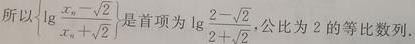
所以\(\left\{\lg\frac{x_{n}-\sqrt{2}}{x_{n}+\sqrt{2}}\right\}\)是首项为\(\lg\frac{2 - \sqrt{2}}{2 + \sqrt{2}}\), 公比为 \(2\) 的等比数列.